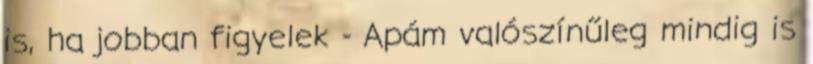
is, ha jobban figyelek - Apám valószínűleg mindig is